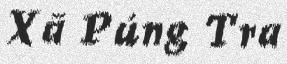
Xã Púng Tra